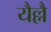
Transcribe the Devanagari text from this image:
यैल्लै